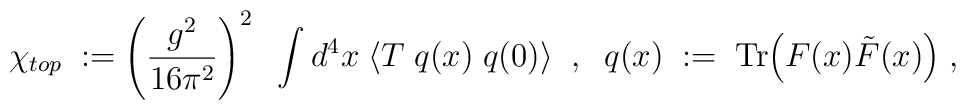
\chi_{top} \; := \left( \frac{g^2}{16 \pi^2} \right)^2 \; \;\int d^4x \;\langle T \; q(x) \; q(0) \rangle \; \; , \; \;q(x) \; := \;\mbox{Tr} \Big( F(x) \tilde{F} (x)\Big) \; ,